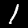
Label: 1